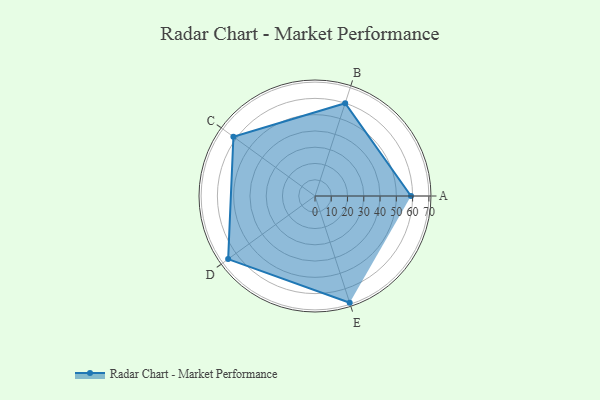
{"axis": {"x": "Skill", "y": "Score"}, "legend": ["Profile"], "data": [{"x": "A", "y": 59.0, "type": "Profile"}, {"x": "B", "y": 60.0, "type": "Profile"}, {"x": "C", "y": 62.0, "type": "Profile"}, {"x": "D", "y": 66.0, "type": "Profile"}, {"x": "E", "y": 69.0, "type": "Profile"}]}